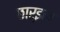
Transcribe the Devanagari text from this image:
छार्इल